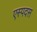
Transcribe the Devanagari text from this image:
एस्पदस